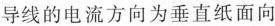
导线的电流方向为垂直纸面向